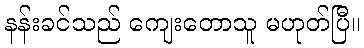
နန်းခင်သည် ကျေးတောသူ မဟုတ်ပြီ။